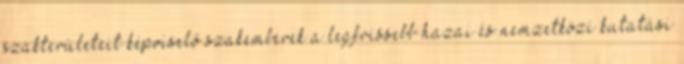
szakterületeit képviselő szakemberek a legfrissebb hazai és nemzetközi kutatási